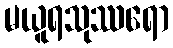
မယူရသုဿရော